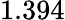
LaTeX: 1.394